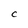
Character: C